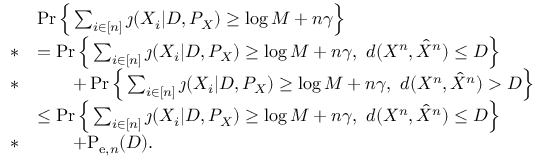
\begin{array} { r l } & { \operatorname* { P r } \Big \{ \sum _ { i \in [ n ] } \jmath ( X _ { i } | D , P _ { X } ) \geq \log M + n \gamma \Big \} } \\ { * } & { = \operatorname* { P r } \Big \{ \sum _ { i \in [ n ] } \jmath ( X _ { i } | D , P _ { X } ) \geq \log M + n \gamma , ~ d ( X ^ { n } , \hat { X } ^ { n } ) \leq D \Big \} } \\ { * } & { \qquad + \operatorname* { P r } \Big \{ \sum _ { i \in [ n ] } \jmath ( X _ { i } | D , P _ { X } ) \geq \log M + n \gamma , ~ d ( X ^ { n } , \hat { X } ^ { n } ) > D \Big \} } \\ & { \leq \operatorname* { P r } \Big \{ \sum _ { i \in [ n ] } \jmath ( X _ { i } | D , P _ { X } ) \geq \log M + n \gamma , ~ d ( X ^ { n } , \hat { X } ^ { n } ) \leq D \Big \} } \\ { * } & { \qquad + \mathrm { P } _ { \mathrm { e } , n } ( D ) . } \end{array}